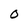
Character: 0